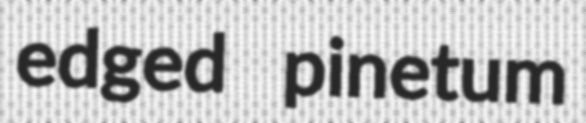
edged pinetum